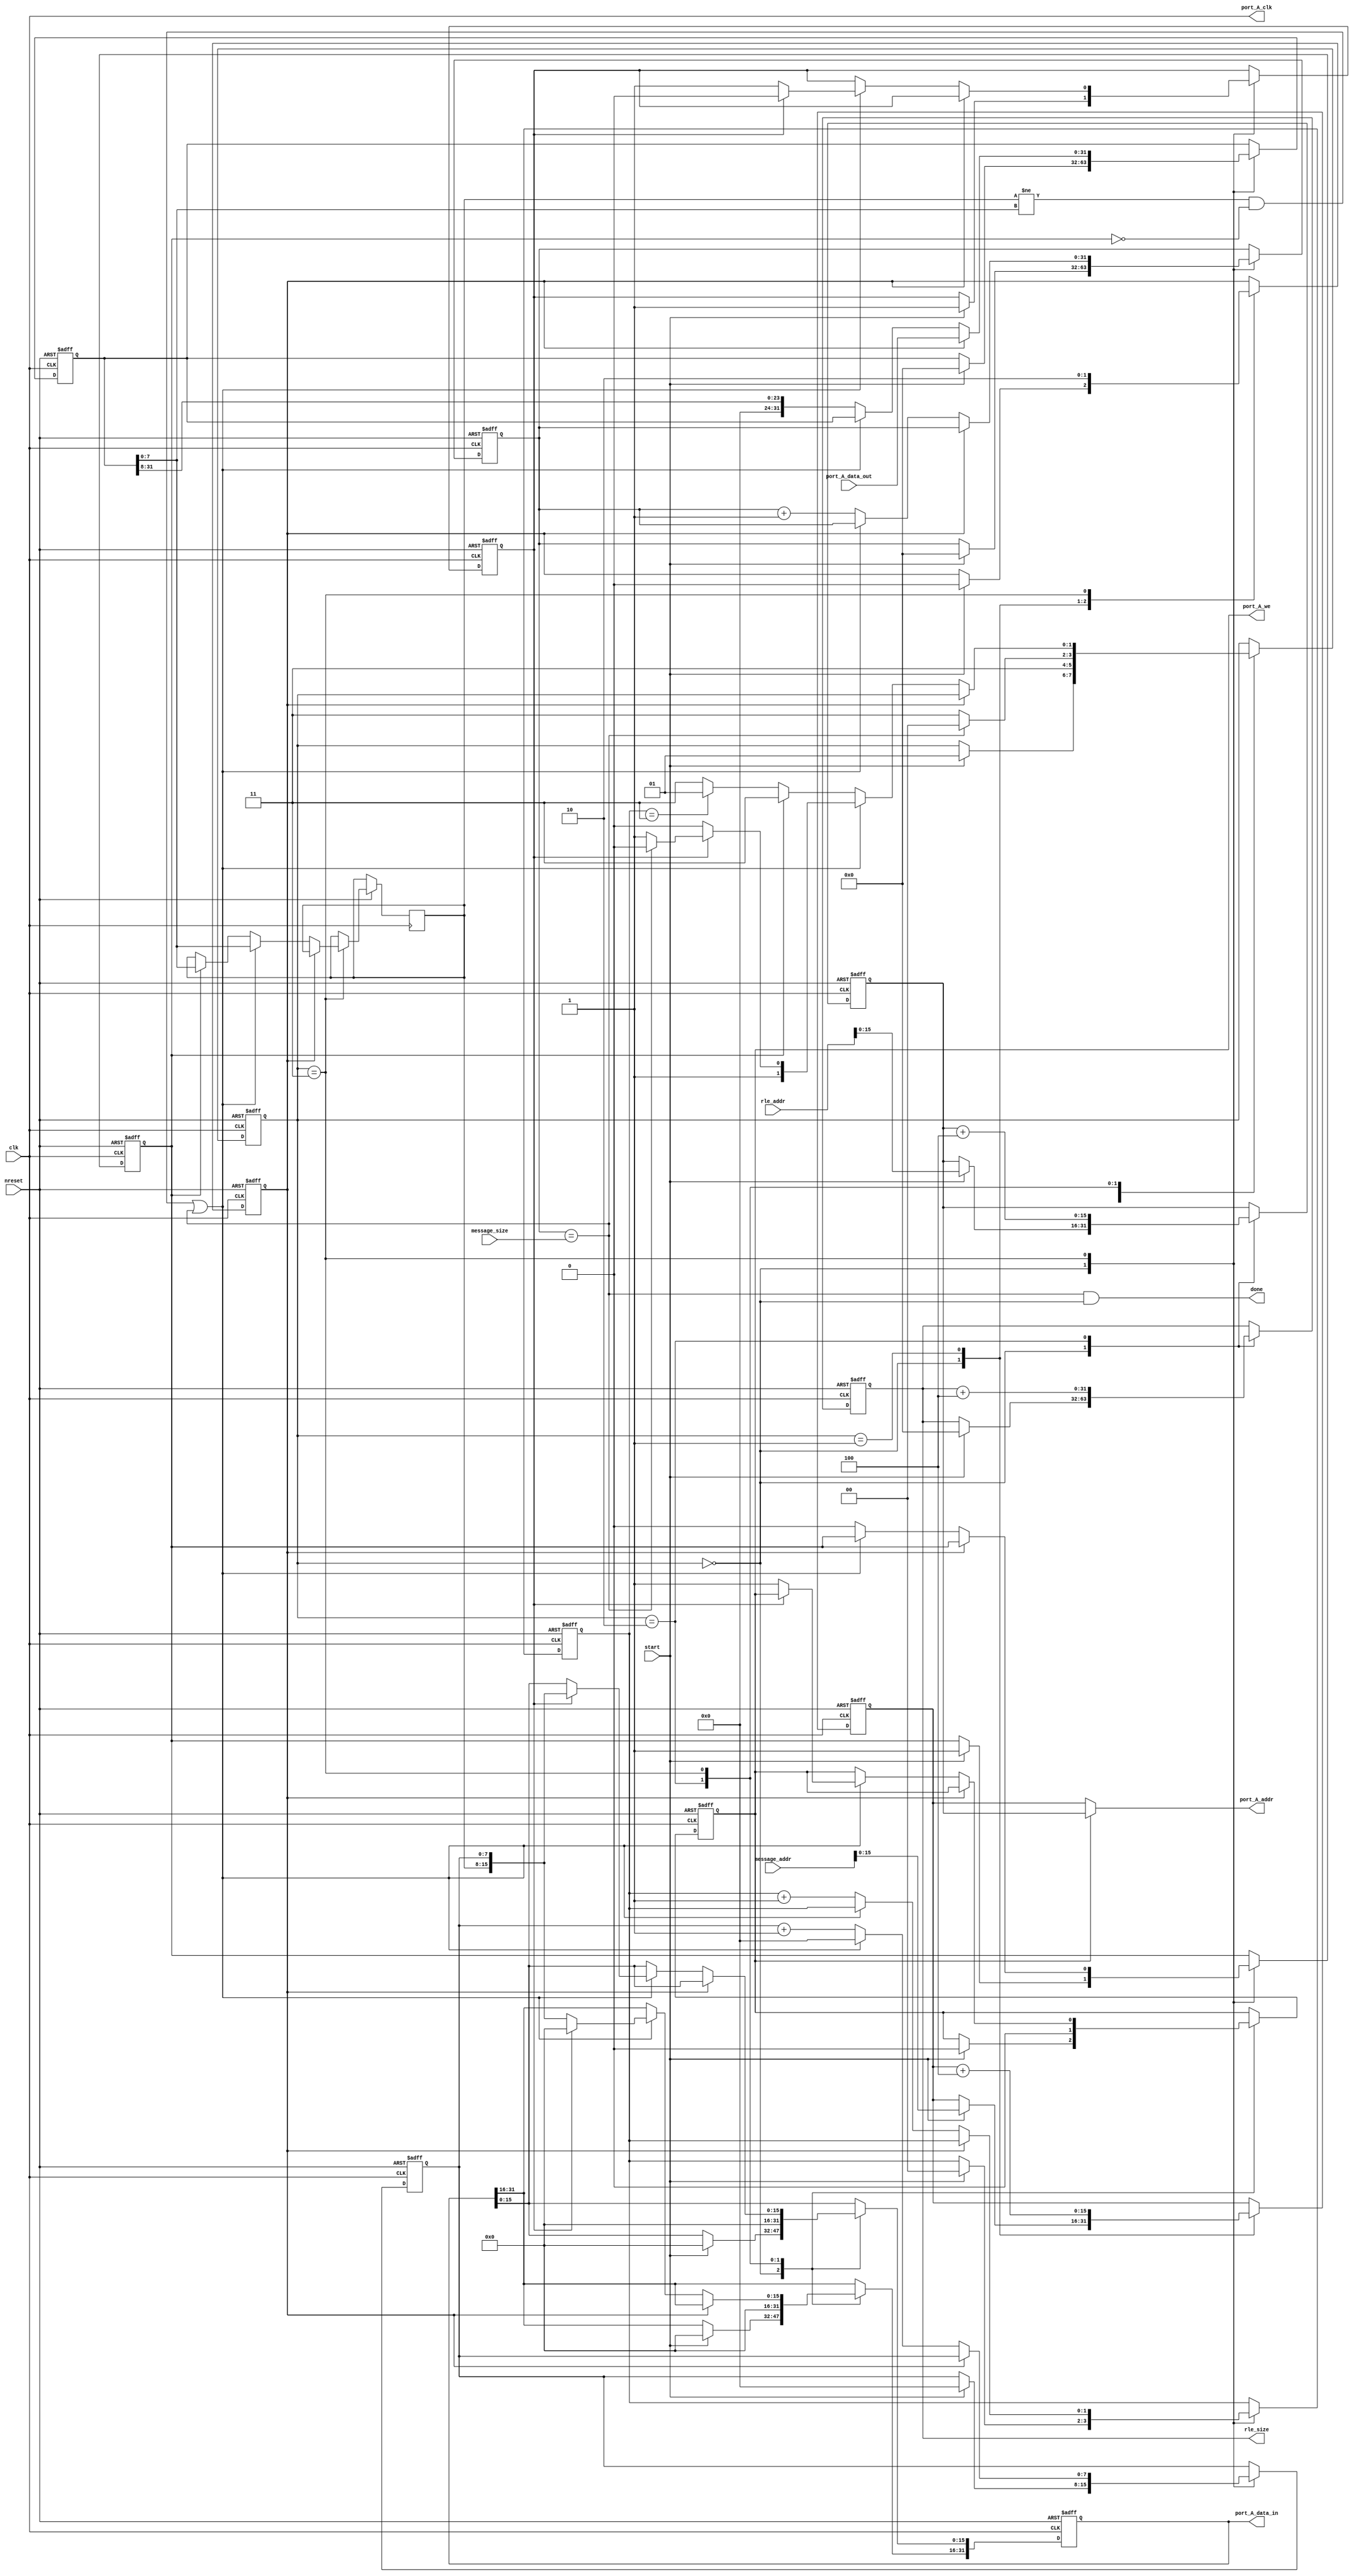
module rle (
	clk, 		
	nreset, 	
	start,
	message_addr,
	message_size, 	
	rle_addr, 	
	rle_size, 	
	done, 		
	port_A_clk,
        port_A_data_in,
        port_A_data_out,
        port_A_addr,
        port_A_we
	);

input	clk;
input	nreset;
// Initializes the RLE module

input	start;
// Tells RLE to start compressing the given frame

input 	[31:0] message_addr;
// Starting address of the plaintext frame
// i.e., specifies from where RLE must read the plaintext frame

input	[31:0] message_size;
// Length of the plain text in bytes

input	[31:0] rle_addr;
// Starting address of the ciphertext frame
// i.e., specifies where RLE must write the ciphertext frame

input   [31:0] port_A_data_out;
// read data from the dpsram (plaintext)

output  [31:0] port_A_data_in;
// write data to the dpsram (ciphertext)

output  [15:0] port_A_addr;
// address of dpsram being read/written

output  port_A_clk;
// clock to dpsram (drive this with the input clk)

output  port_A_we;
// read/write selector for dpsram

output	[31:0] rle_size;
// Length of the compressed text in bytes

output	done; // done is a signal to indicate that encryption of the frame is complete


parameter IDLE = 2'b00;
parameter READ = 2'b01;
parameter WRITE = 2'b10;
parameter COMPUTE = 2'b11;


reg [31:0]	byte_str, write_buffer, total_count, size_of_writes;
reg [15:0]	read_addr, write_addr;
reg [7:0]	byte, byte_count;
reg [1:0]	state, shift_count;
reg			first_flag, wen, first_half, post_read;

wire [31:0]	size_of_writes_n, byte_str_n;
wire [15:0]	read_addr_n, write_addr_n;
wire [1:0]	shift_count_n;
wire			end_of_byte_str, reached_length;

//READ:
assign read_addr_n = read_addr + 4;

//READ/WRITE;
assign port_A_addr = (wen) ? write_addr : read_addr;
assign port_A_clk = clk;
assign done = (reached_length && state == IDLE); //reached_length and is idle

//WRITE:
assign port_A_we = wen;
assign write_addr_n = write_addr + 4;
assign port_A_data_in = write_buffer;
assign size_of_writes_n = size_of_writes + 4;
assign rle_size = size_of_writes;

//COMPUTE:
assign byte_str_n = {8'b0,byte_str[31:8]};
assign shift_count_n = shift_count + 1;
assign end_of_byte_str = (shift_count == 2'b11);
assign reached_length = total_count == message_size;

always@(posedge clk or negedge nreset)
begin
	if(!nreset) begin
		byte_str <= 32'b0;
		state <= IDLE;
		first_flag <= 1'b1;
		shift_count <= 2'b0;
		read_addr <= 16'b0;
		write_addr <= 16'b0;
		first_half <= 1'b1;
		write_buffer <= 32'b0;
		byte_count <= 8'b0;
		total_count <= 32'b0;
		size_of_writes <= 32'b0;
		wen <= 1'b0;
		post_read <=1'b0;
		
		
	end
	else begin
		case(state)
		
			IDLE: begin
				if(start) begin
					byte_str <= 32'b0;
					state <= READ;
					read_addr <= message_addr[15:0];
					write_addr <= rle_addr[15:0];
					first_flag <= 1'b1;
					shift_count <= 2'b0;
					first_half <= 1'b1;
					write_buffer <= 32'b0;
					byte_count <= 8'b0;
					total_count <= 32'b0;
					size_of_writes <= 32'b0;
					wen <= 1'b0;
					post_read <= 1'b0;
					
				end
			end
			
			READ: begin
				state <= COMPUTE;
				read_addr <= read_addr_n; // increment read address
				//byte_str <= port_A_data_out;
				post_read <= 1'b1;
				
			end
			
			WRITE: begin
				state <= (reached_length) ? IDLE : COMPUTE;
				wen <= 1'b0;
				write_addr <= write_addr_n; //increment write address
				write_buffer <= 32'b0; //clear buffer;
				size_of_writes <= size_of_writes_n;
			end
			
			COMPUTE: begin
				if(post_read) begin
					byte_str <= port_A_data_out; //get byte from read;
					post_read <= 1'b0;
				end
				else begin
					if((byte != byte_str[7:0] && !first_flag ) || reached_length) begin
						if(first_half) begin
							state <= (reached_length) ? WRITE : COMPUTE;
							write_buffer <= {16'b0, byte, byte_count};
							first_half <= 1'b0;
						end
						else begin
							state <= WRITE;
							write_buffer[31:16] <= {byte, byte_count};
							wen <= 1'b1;
							first_half <= 1'b1;
						end
						byte <= byte_str[7:0];
						byte_count <= 8'b0;
					end
					else begin //byte == byte_str[7:0];
						//check if this is the first run:
						if(first_flag) begin
							state <= COMPUTE;
							byte <= byte_str[7:0];
							first_flag <= 1'b0;
						end
						else begin
							state <= (end_of_byte_str) ? READ : COMPUTE;
						end
						//shift bytes
						byte_str <= byte_str_n;
						shift_count <= shift_count_n;
						byte_count <= byte_count + 1;
						total_count <= total_count + 1;
					end
				end
			end
		endcase
	end
	

end


endmodule